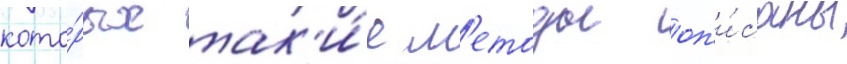
кото́рых так'и́е м'етоды оп'и́саны